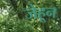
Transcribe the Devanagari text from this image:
जेहून